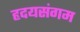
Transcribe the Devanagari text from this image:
हृदयसंगम